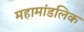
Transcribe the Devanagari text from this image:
महामांडलिक